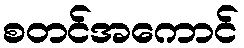
စတင်အကောင်